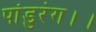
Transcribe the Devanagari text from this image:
पांडुरंग।।